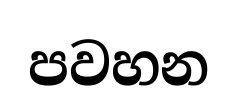
පවහන